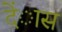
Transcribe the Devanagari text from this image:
देंास